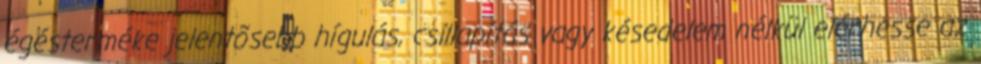
égésterméke jelentõsebb hígulás, csillapítás vagy késedelem nélkül elérhesse az